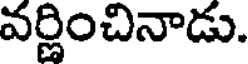
వర్ణించినాడు.